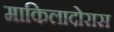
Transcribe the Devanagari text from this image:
माकिलादोरास